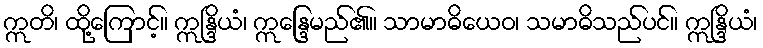
ဣတိ၊ ထို့ကြောင့်။ ဣန္ဒြိယံ၊ ဣန္ဒြေမည်၏။ သာမာဓိယေဝ၊ သမာဓိသည်ပင်။ ဣန္ဒြိယံ၊